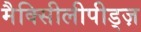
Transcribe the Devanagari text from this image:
मैक्सीिलीपीड्ज़